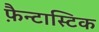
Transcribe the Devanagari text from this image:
फ़ैन्टास्टिक